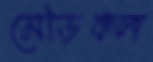
মেডিকল